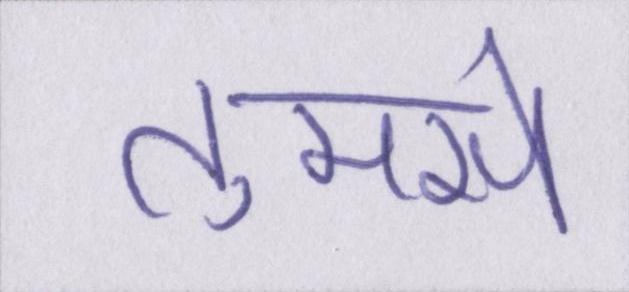
तुमसे